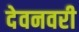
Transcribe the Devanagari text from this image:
देवनवरी